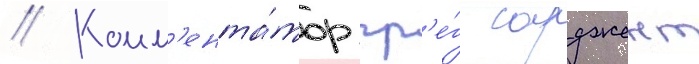
// Комм'ента́тор гр'е́г сарджент